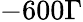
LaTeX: -600\Gamma